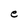
Character: e